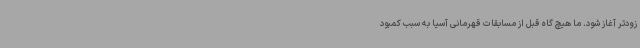
زودتر آغاز شود. ما هیچ گاه قبل از مسابقات قهرمانی آسیا به سبب کمبود